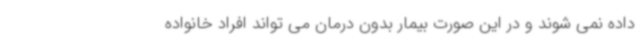
داده نمی شوند و در این صورت بیمار بدون درمان می تواند افراد خانواده